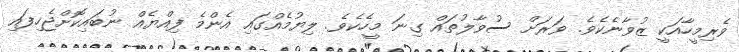
ވެރިމީހާއަކީ ޒުވާނެކެވެ. ވަރަށް ސުވާލުތައް ގިނަ މީހެކެވެ. ލިޔުމެއްގައި އެންމެ ފިއްޔެއް ނުބައިކޮށްޖެހިފައި